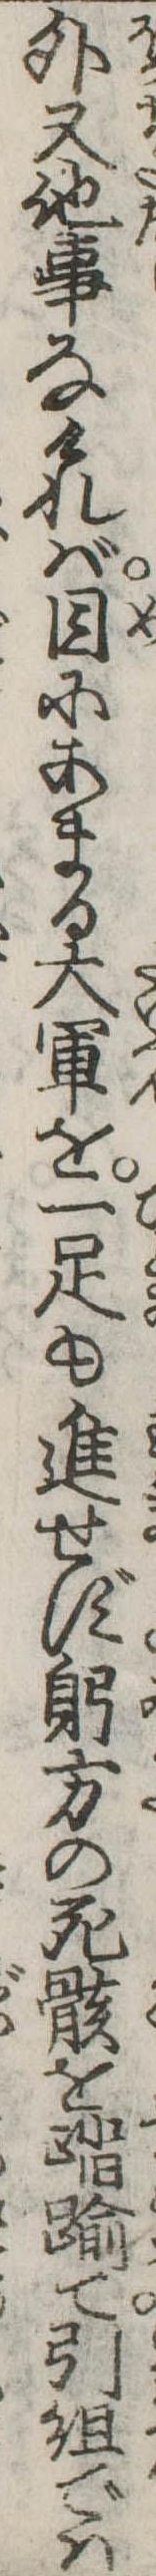
外又他事なければ目にあまる大軍を一足も進せず躬方の死骸を踏踰て引組では